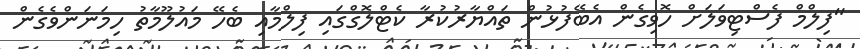
"ފިލްމް ފެސްޓިވަލަށް ހޮވިގެން އެބޭފުޅުން ތައްޔާރުކުރާ ކެޓްލޮގްގައި ފިލްމާއި ބެހޭ މައުލޫމާތު ހިމަނަންވެގެން